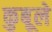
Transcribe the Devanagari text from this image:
कुबूले